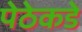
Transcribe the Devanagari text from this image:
पेठेकडे